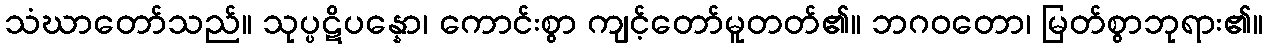
သံဃာတော်သည်။ သုပ္ပဋိပန္နော၊ ကောင်းစွာ ကျင့်တော်မူတတ်၏။ ဘဂဝတော၊ မြတ်စွာဘုရား၏။